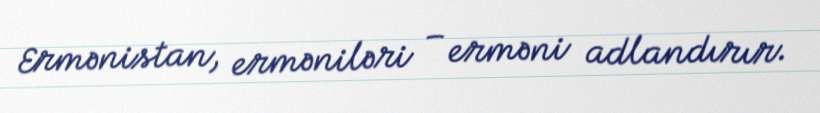
Ermənistan, erməniləri – erməni adlandırır.